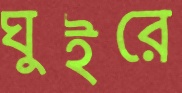
ঘুইরে